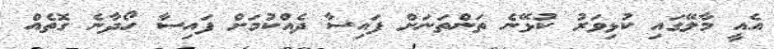
އެއީ މާލޭގައި ކުޅިވަރު ކުޅޭނެ ތަންތަނަށް ފައިސާ ދެއްކުމަށް ފައިސާ ހޯދާނެ ގޮތެއް